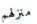
منزلهم